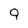
Character: 9